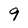
Character: 9